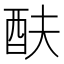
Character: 酜